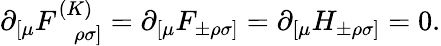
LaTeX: \partial_{[\mu}F_{~~~~\rho\sigma]}^{(K)}=\partial_{[\mu}F_{\pm\rho\sigma]}=\partial_{[\mu}H_{\pm\rho\sigma]}=0.